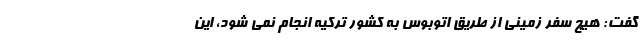
گفت: هیچ سفر زمینی از طریق اتوبوس به کشور ترکیه انجام نمی شود، این